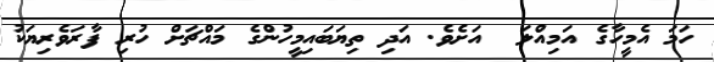
ހަމަ އެމީހާގެ އަމިއްލަ  އަށެވެ. އަދި ތިޔަބައިމީހުންގެ މައްޗަށް ހުރި ފާރަވެރިޔަކު